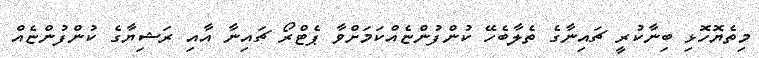
މިތެޔޮހޮޅި ބިނާކުރީ ޗައިނާގެ ތެލާބެހޭ ކުންފުންޏެއްކަމަށްވާ ޕެޓްރޯ ޗައިނާ އާއި ރަޝިޔާގެ ކުންފުންޏެއް